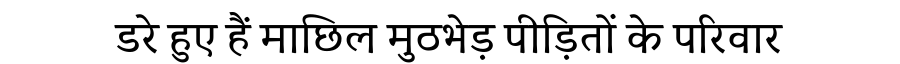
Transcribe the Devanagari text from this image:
डरे हुए हैं माछिल मुठभेड़ पीड़ितों के परिवार